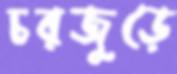
চরজুড়ে